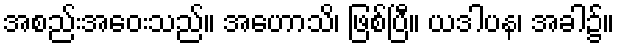
အစည်းအဝေးသည်။ အဟောသိ၊ ဖြစ်ပြီ။ ယဒါပန၊ အခါ၌။